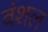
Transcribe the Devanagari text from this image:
वंशल